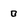
Character: 0